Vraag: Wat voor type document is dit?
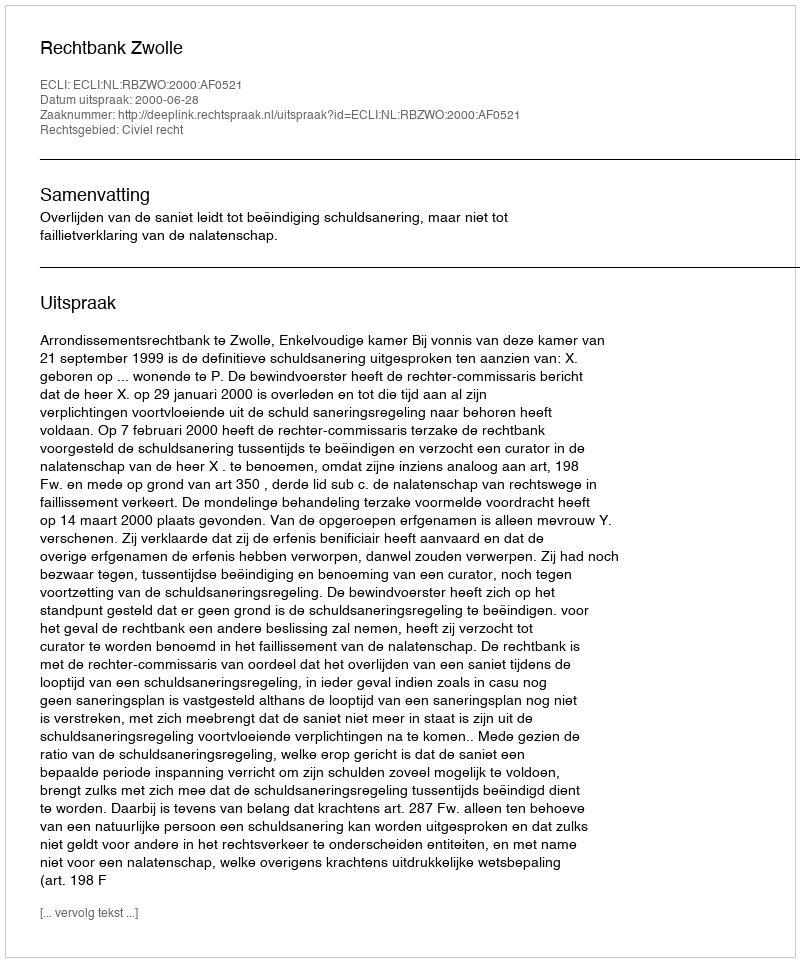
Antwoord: Uitspraak